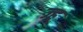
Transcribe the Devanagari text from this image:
ज्हू